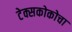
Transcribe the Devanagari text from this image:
टेक्सकोकोचा